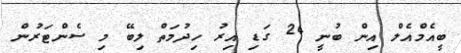
ބީއެމްއެލް އިން ބުނީ 24 ގަޑި އިރު ހިދުމަތް ލިބޭ މި ސެންޓަރުން